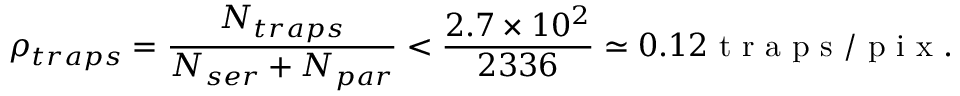
\rho _ { t r a p s } = \frac { N _ { t r a p s } } { N _ { s e r } + N _ { p a r } } < \frac { 2 . 7 \times 1 0 ^ { 2 } } { 2 3 3 6 } \simeq 0 . 1 2 \mathrm { ~ t ~ r ~ a ~ p ~ s ~ / ~ p ~ i ~ x ~ } .